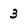
Character: 3